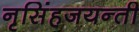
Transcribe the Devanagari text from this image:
नृसिंहजयन्ती